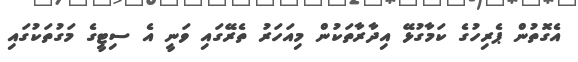
އެގޮތުން ޕެރިހުގެ ކަމާގުޅޭ އިދާރާތަކުން މިއަހަރު ތެރޭގައި ވަނީ އެ ސިޓީގެ މަގުތަކުގައި